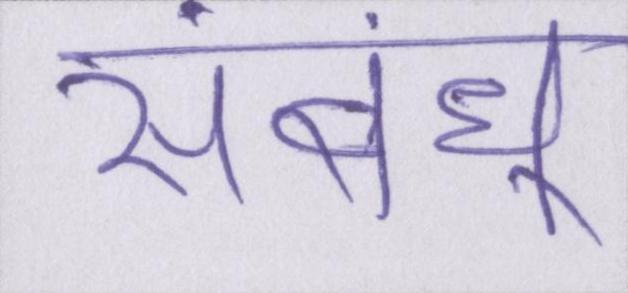
संबंध्